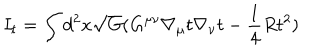
I _ { t } = \int d ^ { 2 } x \sqrt { G } ( G ^ { \mu \nu } \nabla _ { \mu } t \nabla _ { \nu } t - \frac { 1 } { 4 } R t ^ { 2 } )